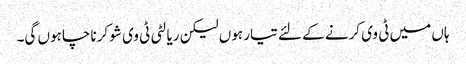
ہاں میں ٹی وی کرنے کے لئے تیار ہوں لیکن ریالٹی ٹی وی شو کرنا چاہوں گی۔